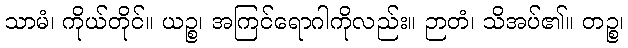
သာမံ၊ ကိုယ်တိုင်။ ယဉ္စ၊ အကြင်ရောဂါကိုလည်း။ ဉာတံ၊ သိအပ်၏။ တဉ္စ၊